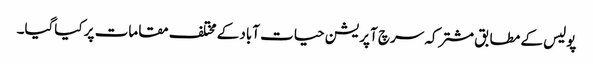
پولیس کے مطابق مشترکہ سرچ آپریشن حیات آباد کے مختلف مقامات پر کیاگیا۔